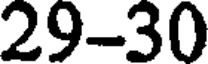
29-30